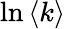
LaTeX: \ln\left\langle k\right\rangle